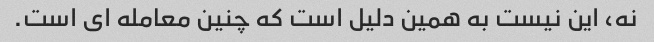
نه، این نیست به همین دلیل است که چنین معامله ای است.